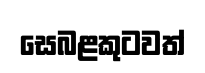
සෙබළකුටවත්